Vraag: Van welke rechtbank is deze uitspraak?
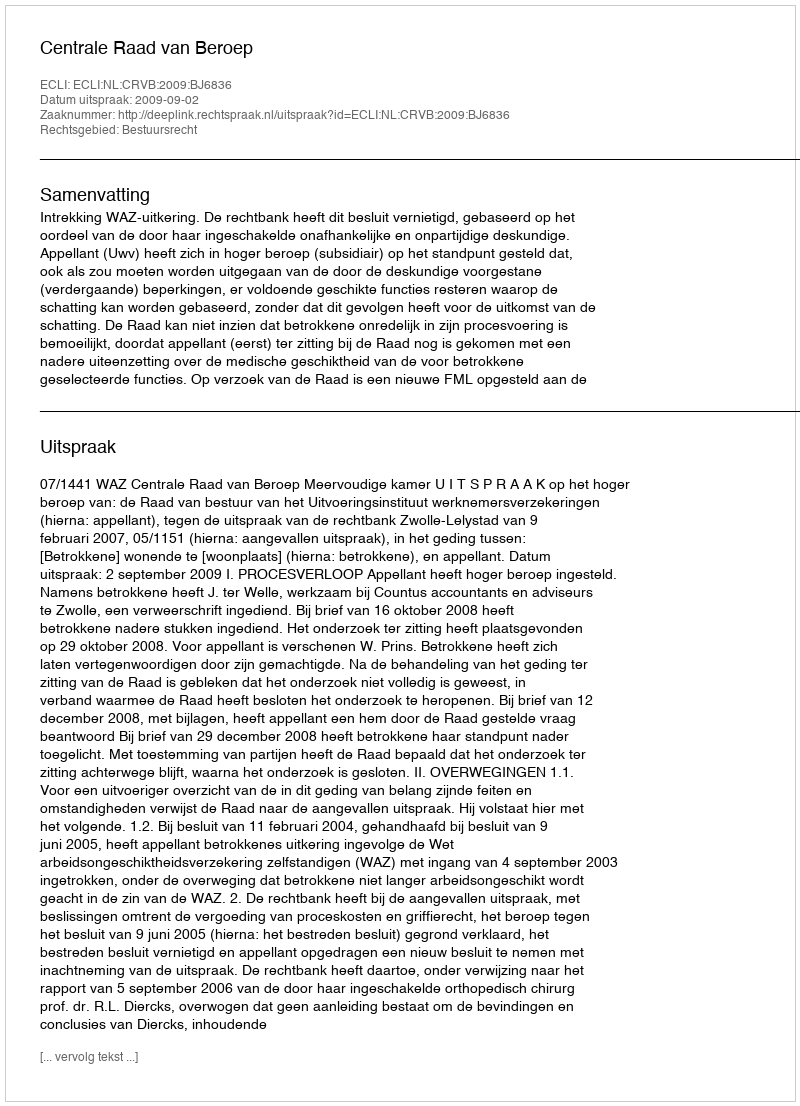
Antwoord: Centrale Raad van Beroep